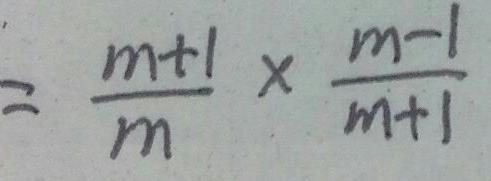
= \frac { m + 1 } { m } \times \frac { m - 1 } { m + 1 }